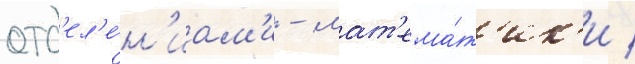
отд'ел'е́н'иам'и - мат'ема́т'ик'и /